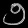
Digit: ၅